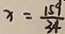
x = \frac { 1 5 9 } { 3 4 }